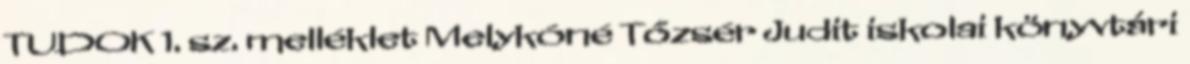
TUDOK 1. sz. melléklet Melykóné Tőzsér Judit iskolai könyvtári